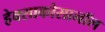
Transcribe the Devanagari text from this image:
हेक्साकोसानॉल